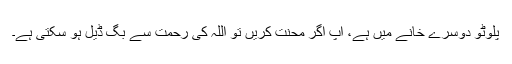
پلوٹو دوسرے خانے میں ہے، آپ اگر محنت کریں تو اللہ کی رحمت سے بگ ڈیل ہو سکتی ہے۔